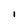
Character: i